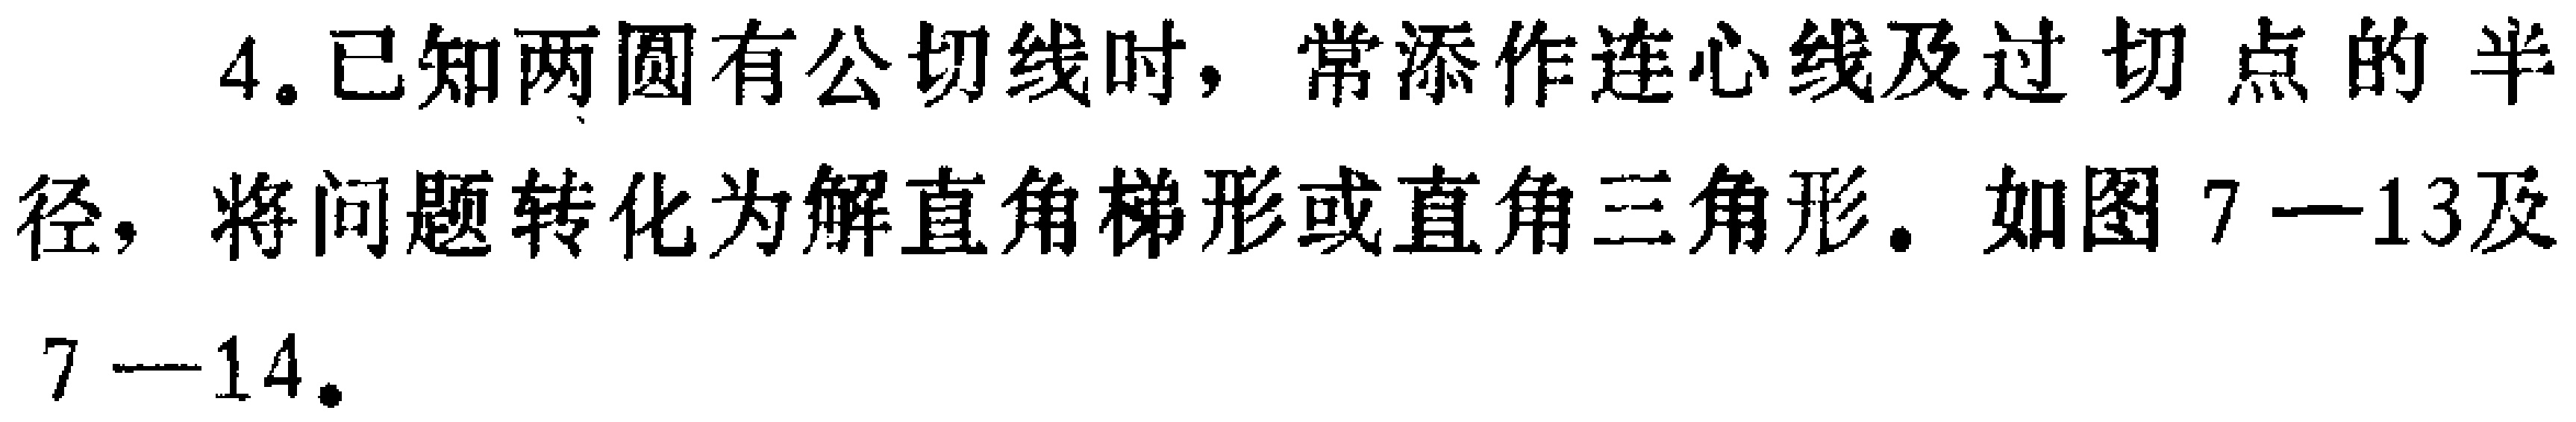
4. 已知两圆有公切线时，常添作连心线及过切点的半径，将问题转化为解直角梯形或直角三角形。如图7—13及7—14。